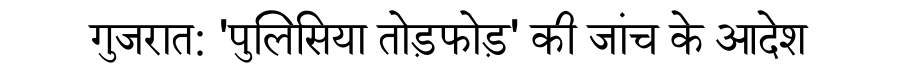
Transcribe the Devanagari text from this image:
गुजरात: 'पुलिसिया तोड़फोड़' की जांच के आदेश